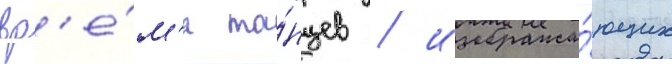
вр'е́м'я та́нцев / изобража́ющих